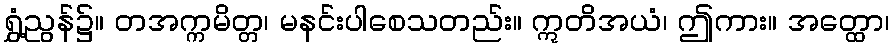
ရွှံ့ညွန်၌။ တအက္ကမိတ္တ၊ မနင်းပါစေသတည်း။ ဣတိအယံ၊ ဤကား။ အတ္ထော၊